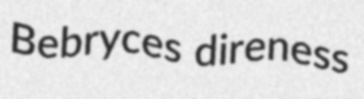
Bebryces direness